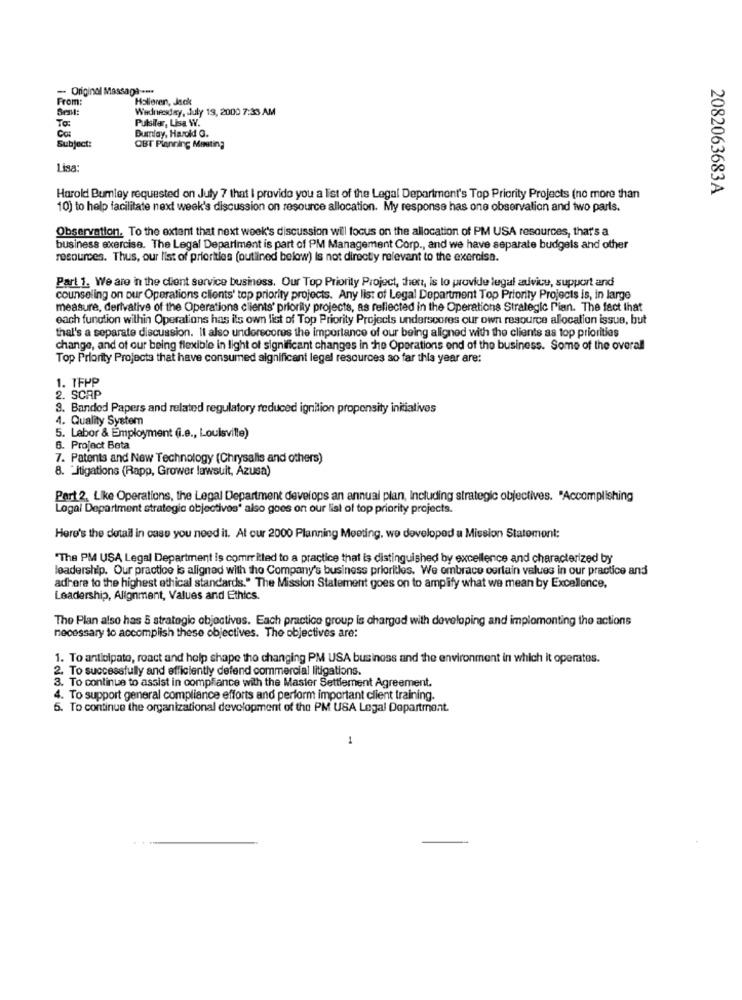
- Original Massaga ***
From:
Halloren, Jack
Sent:
Wednesday, July 19, 2000 7:33 AM
To:
Pulsifer, Lisa W.
Co
Dumlay, Harold G.
Subject:
OBT Planning Meuting
Lisa
Harold Bumley requested on July 7 that I provide you a list of the Legal Department's Top Priority Projects (no more than
2082063683A
10) to help facilitate next week's discussion on resource allocation. My response has one observation and two parts.
Observation. To the extent that next week's discussion will focus on the allocation of PM USA resources, that's a
business exercise. The Legal Department is part of PM Management Corp ., and we have separate budgets and other
resources. Thus, our list of priorities (outlined below) is not directly relevant to the exorcisa.
Part 1. We are in the client service business. Our Top Priority Project, den, is to provide legal advice, support and
counseling on our Operations clients' top priority projects. Any list of Legal Department Top Priority Projects is, in large
measure, derivative of the Operations clients' priority projects, as reflected in the Operations Strategic Pian. The fact that
each function within Operations has its own list of Top Priority Projects underscores our own resource allocation issue, but
thal's a separate discussion. It also underscores the importance of our being aligned with the clients as top priorities
change, and of our being flexible in light of significant changes in the Operations end of the business. Some of the overall
Top Priority Projects that have consumed algnificant legel resources so far this year are:
1. 1FPP
2. SCAP
3. Banded Papers and related regulatory reduced ignition propensity initiatives
4. Quality System
5. Labor & Employment (i.e ., Louisville)
6. Project Beta
7. Patents and New Technology (Chrysalis and others)
8. Litigations (Rapp, Grower lawsuit, Azusa)
Part 2. Like Operations, the Legal Department develops an annual plan, Including strategic objectives. "Accomplishing
Logal Department strategic objectives' also goes on our list of top priority projects.
Here's the detail in case you need it. Al cur 2000 Planning Meeting, we developed a Mission Statement:
"The PM USA Legal Department is committed to a practice that is distinguished by excellence and characterized by
leadership. Our practice is aligned with the Company's business priorities. We embrace ourtain values in our practice and
adhere to the highest ethical standards." The Mission Statement goes on to amplify what we mean by Excellence,
Leadership, Alignment, Values and Ethics.
The Plan also has 5 strategic objectives. Each practice group is charged with developing and implementing the actions
necessary to accomplish these objectives. The objectives are:
1. To anticipato, roact and help shape the changing PM USA business and the environment in which it operates.
2. To successfully and efficiently defend commercial litigations.
3. To continue to assist in compliance with the Master Settlement Agreement.
4. To support general compliance efforts and perform important client training.
6. To continue the organizational development of the PM USA Legal Department.
1